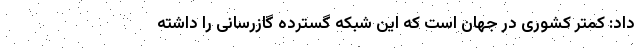
داد: کمتر کشوری در جهان است که این شبکه گسترده گازرسانی را داشته